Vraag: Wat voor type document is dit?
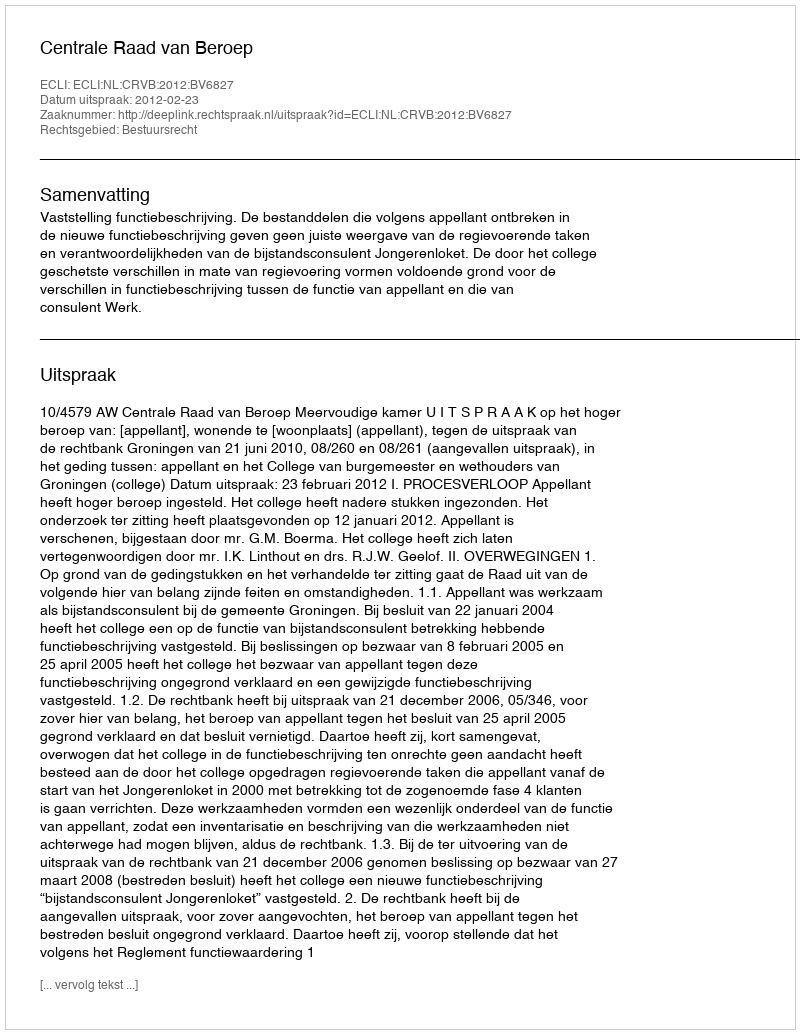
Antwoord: Uitspraak